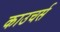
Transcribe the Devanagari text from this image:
काउचर्स